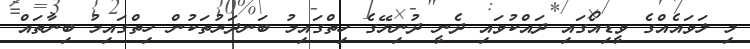
މި ލަވައެއްގެ ވީޑިއޯގައި ދައްކުވައި ދެނީ ދުނިޔޭގެ ހިތްގައިމު ބަނދަރުތަކުން ހިތްގައިމު ބިނާތައް